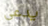
يدعى